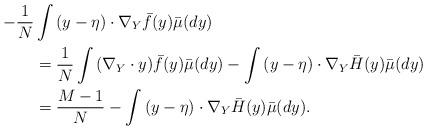
LaTeX: \begin{align*}-\frac{1}{N}&\int{(y - \eta)\cdot \nabla_Y \bar{f}(y) \bar{\mu}(dy)} \\&= \frac{1}{N}\int{(\nabla_Y \cdot y)\bar{f}(y)\bar{\mu}(dy)} - \int{(y - \eta) \cdot \nabla_Y \bar{H}(y) \bar{\mu}(dy)} \\&= \frac{M-1}{N} - \int{(y - \eta) \cdot \nabla_Y \bar{H}(y) \bar{\mu}(dy)}.\end{align*}